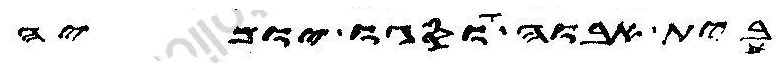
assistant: בית אבוה וסגו יומיה